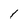
Character: 1